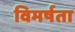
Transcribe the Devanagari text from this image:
विमर्षता